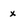
Character: X